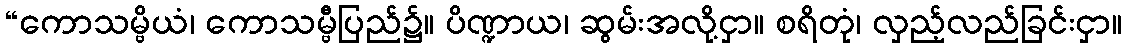
“ကောသမ္ဗိယံ၊ ကောသမ္ဗီပြည်၌။ ပိဏ္ဍာယ၊ ဆွမ်းအလို့ငှာ။ စရိတုံ၊ လှည့်လည်ခြင်းငှာ။